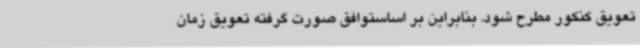
تعویق کنکور مطرح شود. بنابراین بر اساستوافق صورت گرفته تعویق زمان